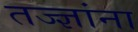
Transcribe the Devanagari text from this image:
तज्‍ज्ञांना